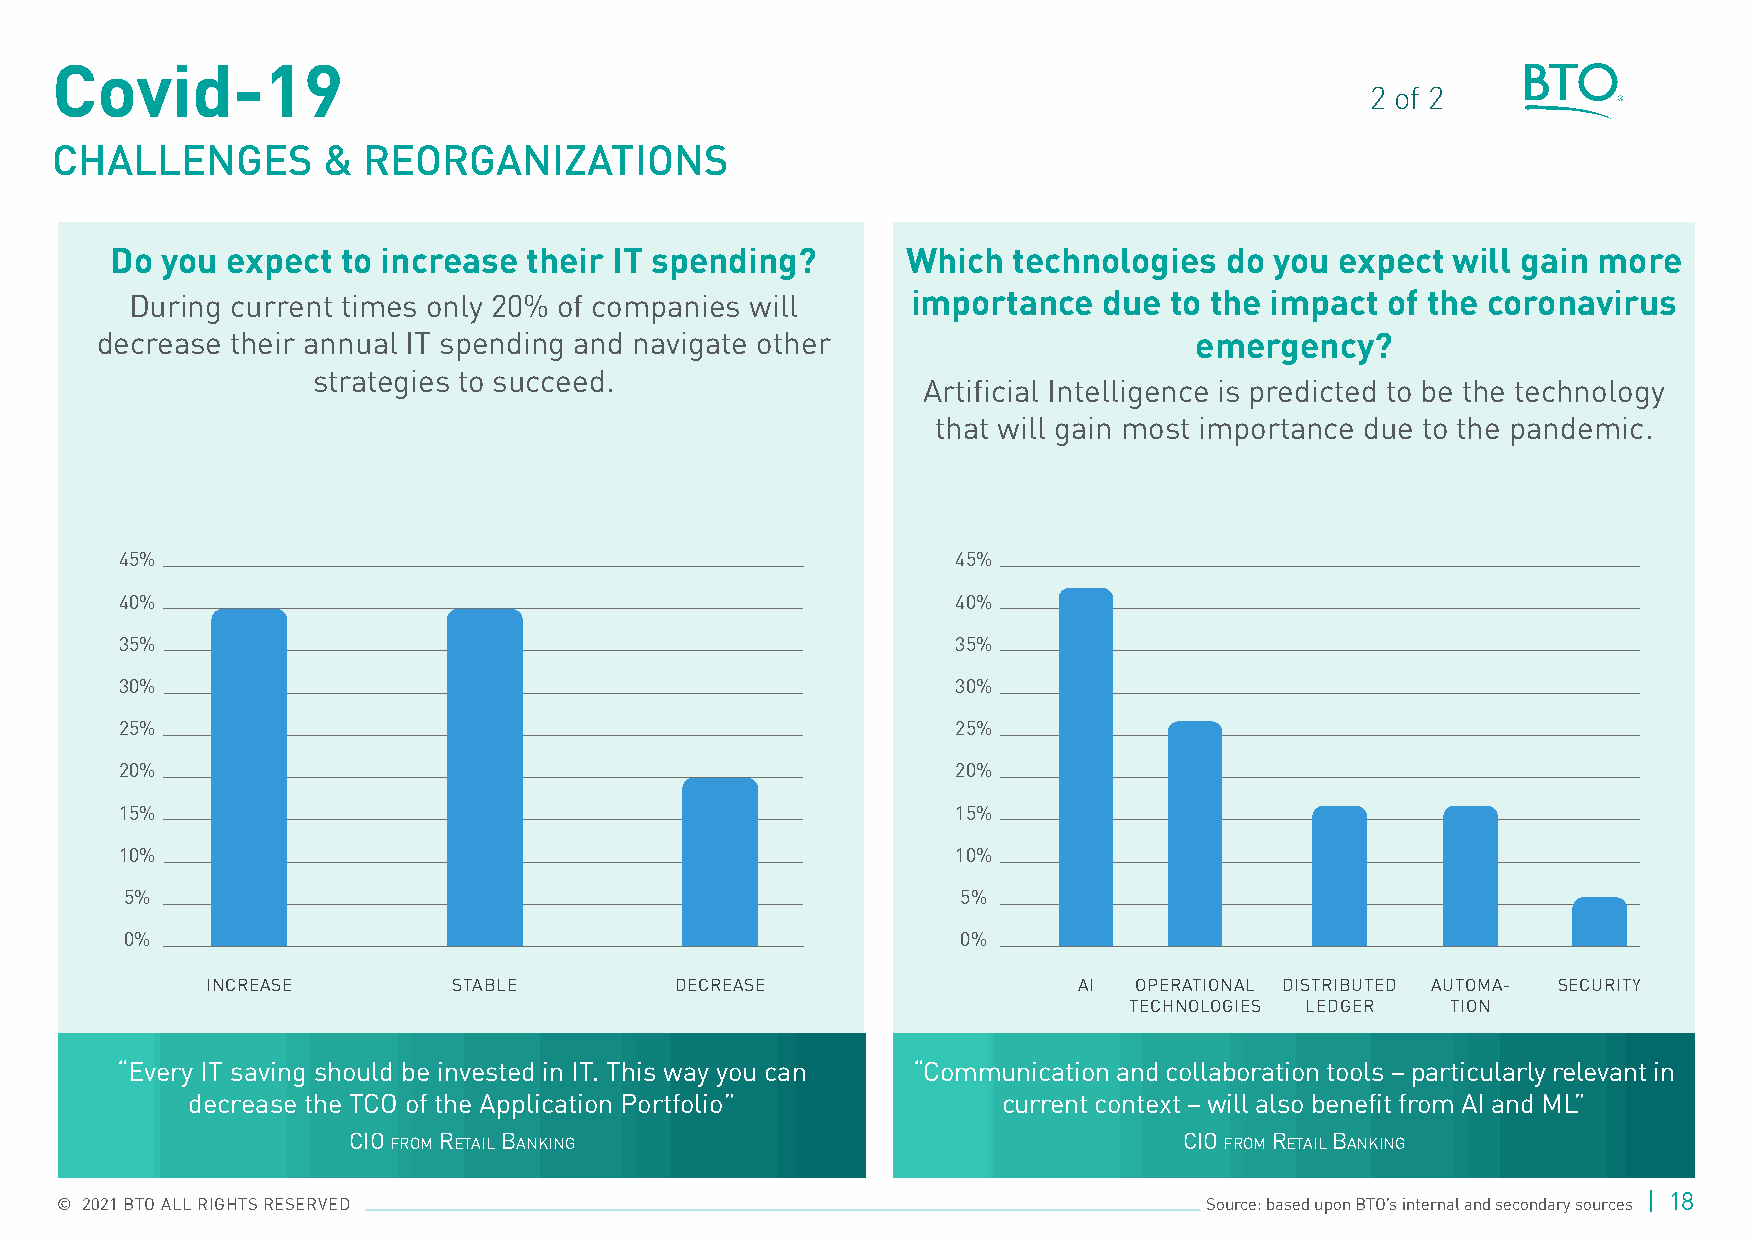
Covid-19
 2 of 2
 CHALLENGES        &  REORGANIZATIONS
 Do  you expect  to increase their IT spending?       Which  technologies  do you  expect will gain more
 During current times only 20% of companies will    importance   due to the impact  of the coronavirus
 decrease their annual IT spending and navigate other                     emergency?
 strategies to succeed.
 Artificial Intelligence is predicted to be the technology
 that will gain most importance due to the pandemic .
 45%                                                    45%
 40%                                                    40%
 35%                                                    35%
 30%                                                    30%
 25%                                                    25%
 20%                                                    20%
 15%                                                    15%
 10%                                                    10%
 5%                                                      5%
 0%                                                      0%
 INCREASE        STABLE         DECREASE                  AI  OPERATIONAL DISTRIBUTED AUTOMA- SECURITY
 TECHNOLOGIES LEDGER  TION
 “Every IT saving should be invested in IT. This way you can “Communication and collaboration tools – particularly relevant in
 decrease the TCO of the Application Portfolio”        current context – will also benefit from AI and ML”
 CIO FROM RETAIL BANKING                                CIO FROM RETAIL BANKING
 | 18
 © 2021 BTO ALL RIGHTS RESERVED                                              Source: based upon BTO’s internal and secondary sources